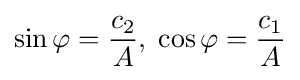
\sin \varphi ={\frac {c_{2}}{A}},\;\cos \varphi ={\frac {c_{1}}{A}}